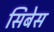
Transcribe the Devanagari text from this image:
सिबेस